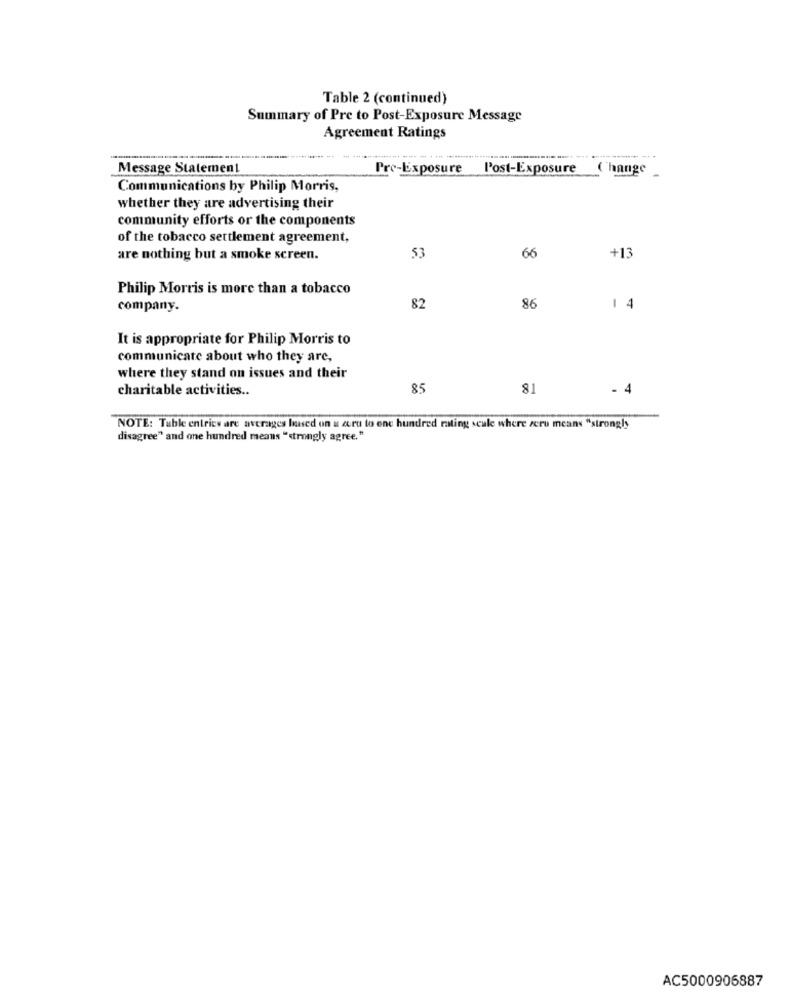
Table 2 (continued)
Summary of Pre to Post-Exposure Message
Agreement Ratings
Message Statement
Pre-Exposure
Post-Exposure
Change
-
Communications by Philip Morris,
whether they are advertising their
community efforts or the components
of the tobacco settlement agreement,
are nothing but a smoke screen.
53
66
+13
Philip Morris is more than a tobacco
company.
82
86
1 4
It is appropriate for Philip Morris to
communicate about who they are,
where they stand on issues and their
charitable activities ..
85
81
- 4
NOTE: Table entries are averages based on a cru to ene hundred rating scale where zero means "strongly
disagree" and one hundred means "strongly agree."
AC5000906887